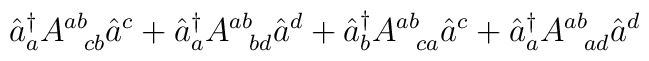
\hat{a}^{\dagger}_a A^{ab}_{\;\;\;cb} \hat{a}^c + \hat{a}^{\dagger}_a A^{ab}_{\;\;\;bd} \hat{a}^d + \hat{a}^{\dagger}_b A^{ab}_{\;\;\;ca} \hat{a}^c + \hat{a}^{\dagger}_a A^{ab}_{\;\;\;ad} \hat{a}^d